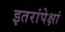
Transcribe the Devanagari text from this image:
इतरांपेक्षां